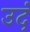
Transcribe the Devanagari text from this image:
उदं